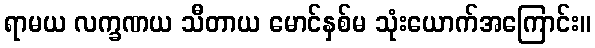
ရာမယ လက္ခဏယ သီတာယ မောင်နှစ်မ သုံးယောက်အကြောင်း။